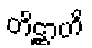
တိဋ္ဌာဟိ